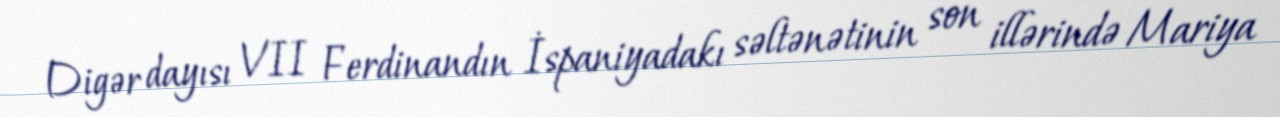
Digər dayısı VII Ferdinandın İspaniyadakı səltənətinin son illərində Mariya